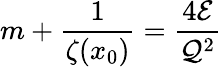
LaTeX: m+\frac{1}{\zeta(x_{0})}=\frac{4{\cal E}}{{\cal Q}^{2}}